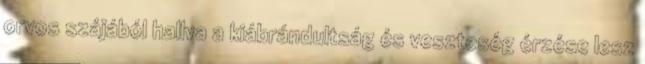
orvos szájából hallva a kiábrándultság és veszteség érzése lesz